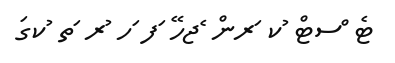
ޓެ ްސޓް ުކ ަރން ެޖހޭ ަފ ަހ ުރ ަތ ުކގަ